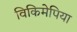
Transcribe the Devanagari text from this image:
विकिमेपिया